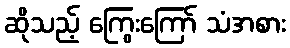
ဆိုသည့် ကြွေးကြော် သံအစား